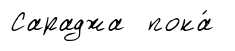
Сараджа пока́